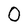
Character: O